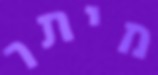
מיתר